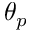
\theta _ { p }